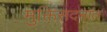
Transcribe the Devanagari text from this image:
मुक्तिसदनात